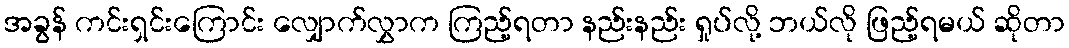
အခွန် ကင်းရှင်းကြောင်း လျှောက်လွှာက ကြည့်ရတာ နည်းနည်း ရှုပ်လို့ ဘယ်လို ဖြည့်ရမယ် ဆိုတာ